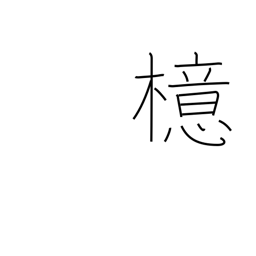
Meaning: ilex